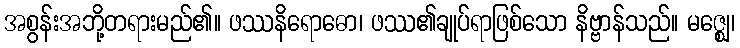
အစွန်းအဘို့တရားမည်၏။ ဖဿနိရောဓော၊ ဖဿ၏ချုပ်ရာဖြစ်သော နိဗ္ဗာန်သည်။ မဇ္ဈေ၊